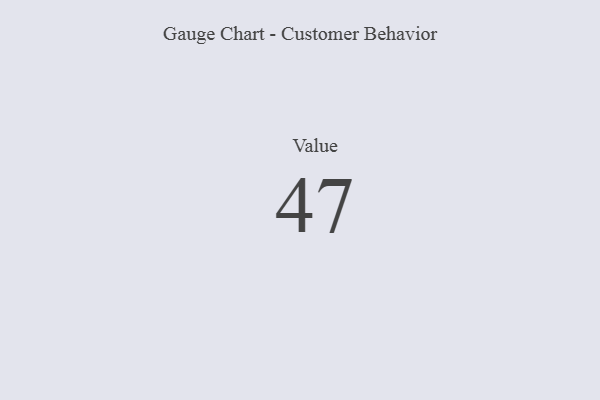
{"axis": {"x": "Metric", "y": "Value"}, "legend": [""], "data": [{"x": "Value", "y": 47, "type": ""}]}